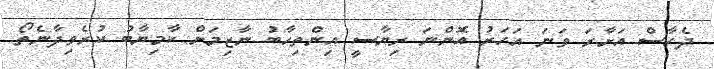
ދެހާސް އަށާރަ ވަނަ އަހަރު އޮންނަ ރިޔާސީ އިންތިހާބު ނާޒިމަށް ކާމިޔާބު ކުރެވިދާނެތޯ